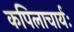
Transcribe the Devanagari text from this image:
कपिलाचार्यः